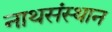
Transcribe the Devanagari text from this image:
नाथसंस्थान